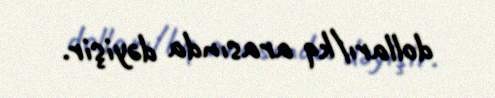
dolları/kq arasında dəyişir.